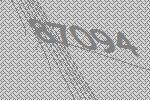
87094